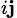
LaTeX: _{i\mathbf{j}}